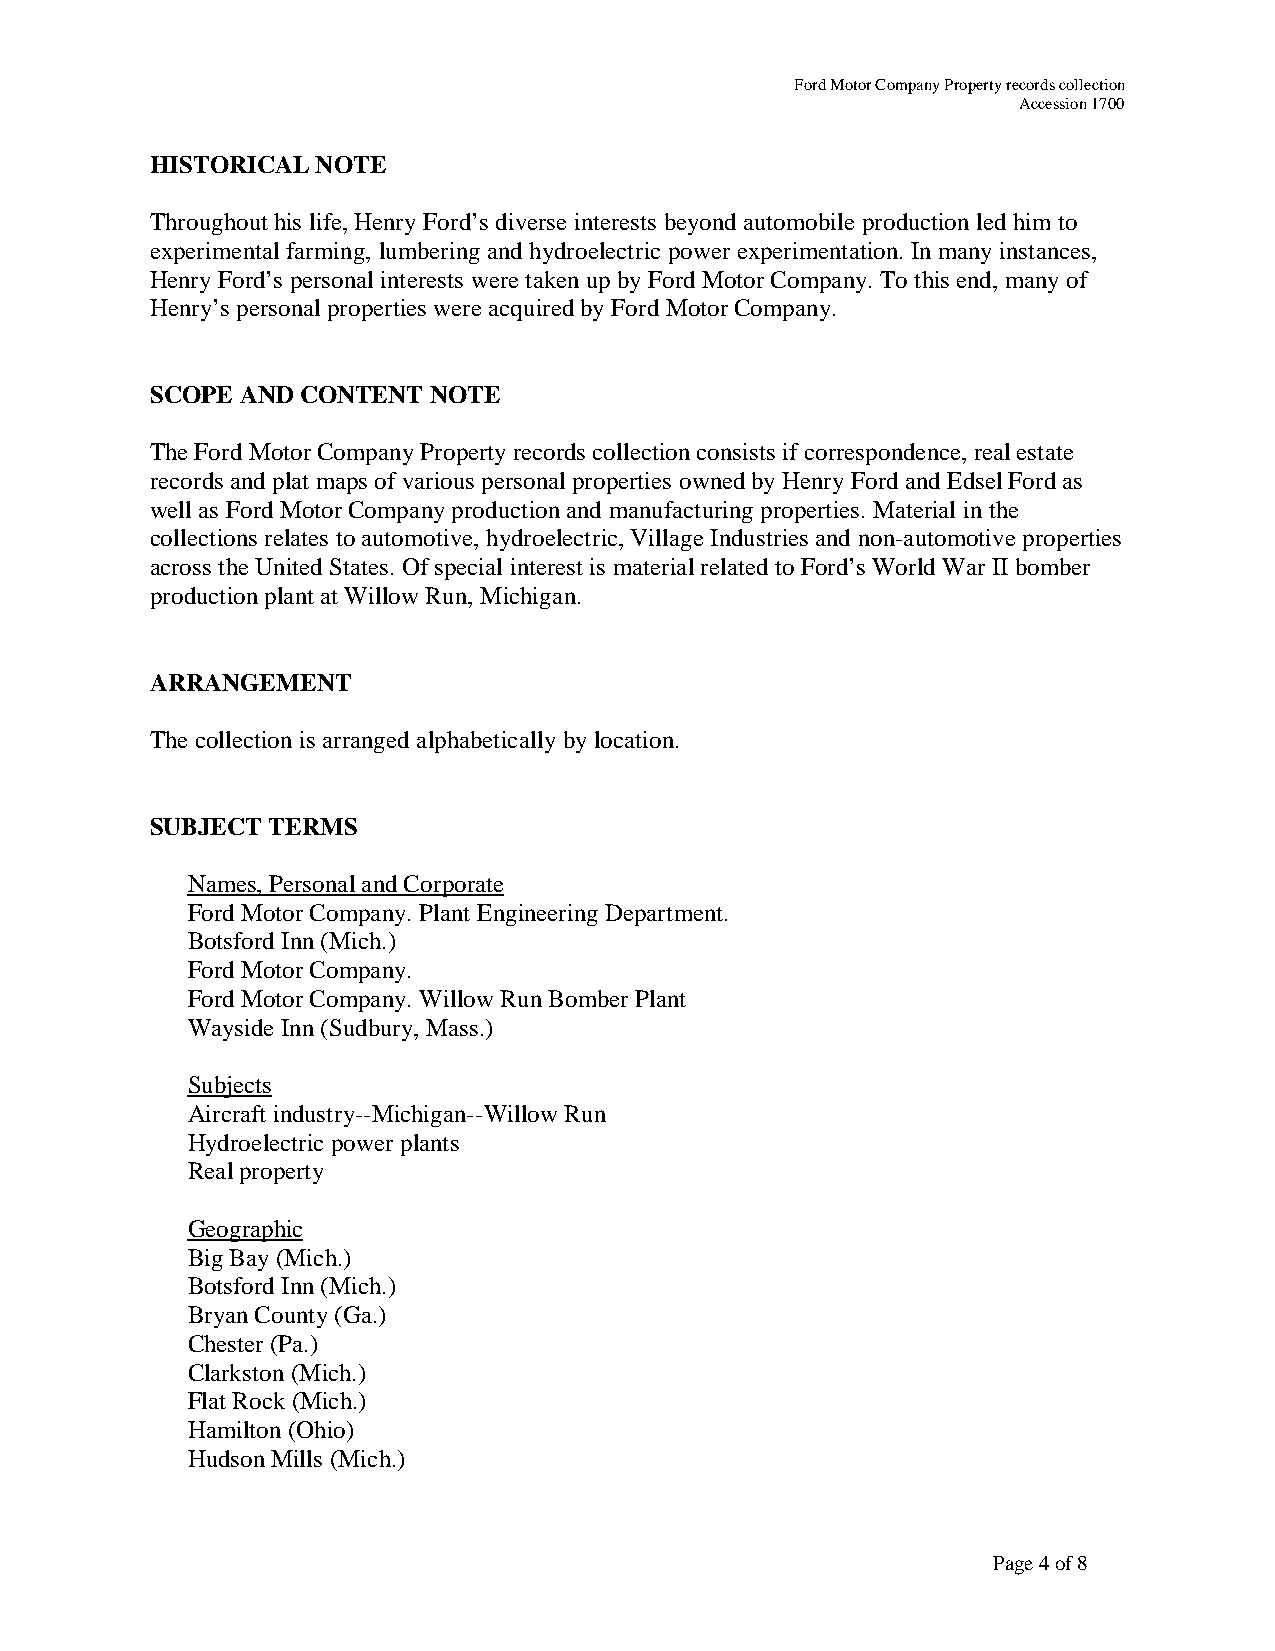
Ford Motor Company Property records collection
 Accession 1700
 HISTORICAL NOTE
 Throughout his life, Henry Ford’s diverse interests beyond automobile production led him to
 experimental farming, lumbering and hydroelectric power experimentation. In many instances,
 Henry Ford’s personal interests were taken up by Ford Motor Company. To this end, many of
 Henry’s personal properties were acquired by Ford Motor Company.
 SCOPE AND CONTENT NOTE
 The Ford Motor Company Property records collection consists if correspondence, real estate
 records and plat maps of various personal properties owned by Henry Ford and Edsel Ford as
 well as Ford Motor Company production and manufacturing properties. Material in the
 collections relates to automotive, hydroelectric, Village Industries and non-automotive properties
 across the United States. Of special interest is material related to Ford’s World War II bomber
 production plant at Willow Run, Michigan.
 ARRANGEMENT
 The collection is arranged alphabetically by location.
 SUBJECT TERMS
 Names, Personal and Corporate
 Ford Motor Company. Plant Engineering Department.
 Botsford Inn (Mich.)
 Ford Motor Company.
 Ford Motor Company. Willow Run Bomber Plant
 Wayside Inn (Sudbury, Mass.)
 Subjects
 Aircraft industry--Michigan--Willow Run
 Hydroelectric power plants
 Real property
 Geographic
 Big Bay (Mich.)
 Botsford Inn (Mich.)
 Bryan County (Ga.)
 Chester (Pa.)
 Clarkston (Mich.)
 Flat Rock (Mich.)
 Hamilton (Ohio)
 Hudson Mills (Mich.)
 Page 4 of 8